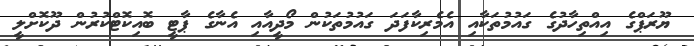
ޔޫރަޕްގެ އިއްތިހާދުގެ ގައުމުތަކާއި އެމެރިކާފަދަ ގައުމުތަކުން މޯދީއާއި އެނާގެ ޕާޓީ ބޮއިކޮޓްކުރުން ދޫކޮށްލީ